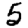
Digit: 5